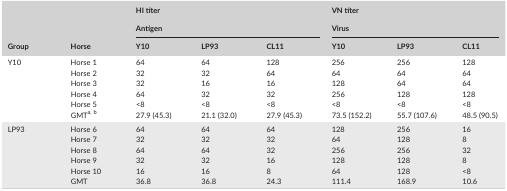
| <ROWSPAN=3> Group | <ROWSPAN=3> Horse | <COLSPAN=3> HI titer | <COLSPAN=3> VN titer |
 | <COLSPAN=3> Antigen | <COLSPAN=3> Virus |
 | Y10 | LP93 | CL11 | Y10 | LP93 | CL11 |
 | --- | --- | --- | --- | --- | --- | --- | --- |
 | <ROWSPAN=6> Y10 | Horse 1 | 64 | 64 | 128 | 256 | 256 | 128 |
 | Horse 2 | 32 | 32 | 64 | 64 | 64 | 64 |
 | Horse 3 | 32 | 16 | 16 | 128 | 64 | 64 |
 | Horse 4 | 64 | 32 | 32 | 256 | 128 | 128 |
 | Horse 5 | <8 | <8 | <8 | <8 | <8 | <8 |
 | GMTa,b | 27.9 (45.3) | 21.1 (32.0) | 27.9 (45.3) | 73.5 (152.2) | 55.7 (107.6) | 48.5 (90.5) |
 | <ROWSPAN=6> LP93 | Horse 6 | 64 | 64 | 64 | 128 | 256 | 16 |
 | Horse 7 | 32 | 32 | 32 | 64 | 128 | 8 |
 | Horse 8 | 64 | 64 | 32 | 256 | 256 | 32 |
 | Horse 9 | 32 | 32 | 16 | 128 | 128 | 8 |
 | Horse 10 | 16 | 16 | 8 | 64 | 128 | <8 |
 | GMT | 36.8 | 36.8 | 24.3 | 111.4 | 168.9 | 10.6 |